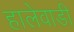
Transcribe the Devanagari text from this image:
हालेवाडी